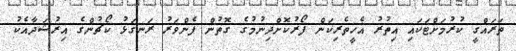
ތަރައްގީ ކުރުމަށްޓަކައި އިތުރު އެހީތެރިކަން ފޯރުކޮށްދިނުމުގެ ގޮތުން ފެންވަރު ރަނގަޅު ކޯޗުންގެ އިރުޝަދާއެކު